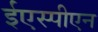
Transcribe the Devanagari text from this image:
ईएस्पीएन